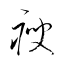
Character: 痩